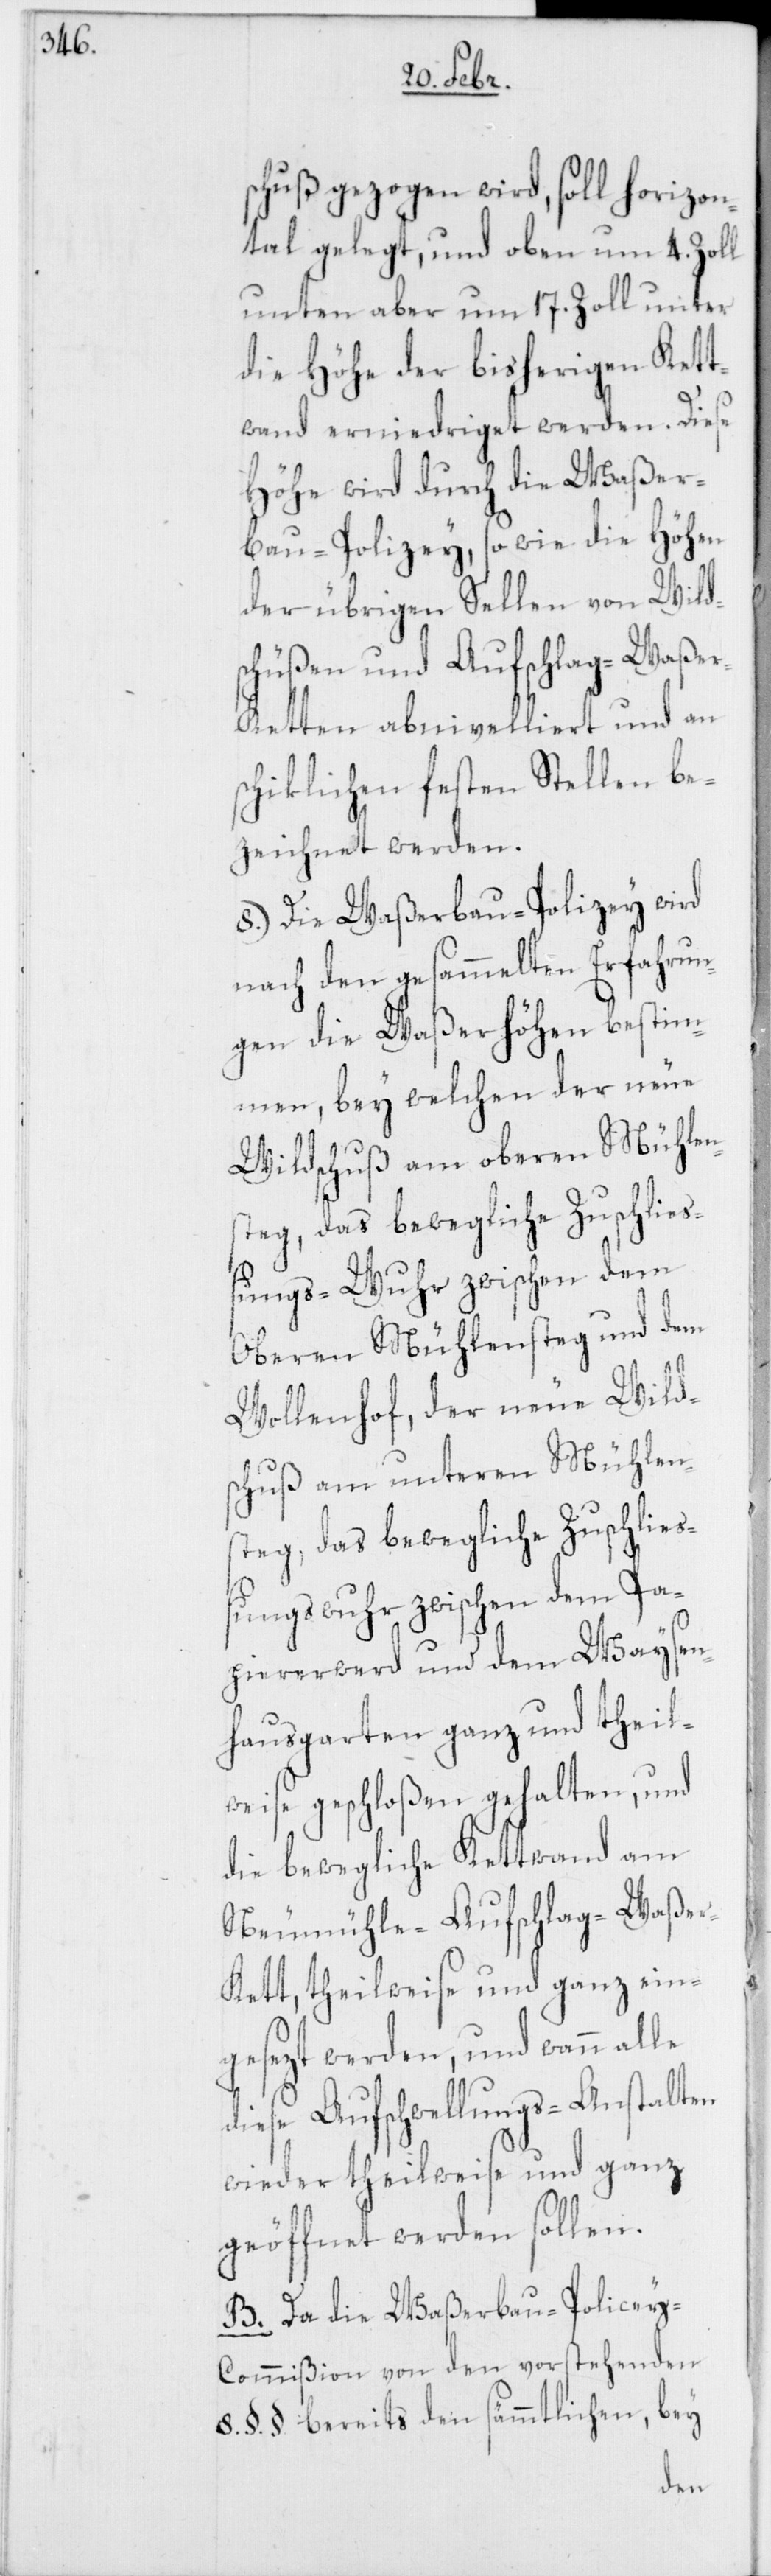
schuß gezogen wird, soll horizon¬
tal gelegt, und oben um 4. Zoll
unten aber um 17. Zoll unter
die Höhe der bisherigen Kett¬
wand erniedriget werden. Diese
Höhe wird durch die Waßer¬
bau-Polizey, so wie die Höhen
der übrigen Sellen von Wild¬
schüßen und Aufschlag-Waße¬
r-Ketten abnivelliert und an
schiklichen festen Stellen be¬
zeichnet werden.
8.) Die Waßerbau-Polizey wird
nach den gesammelten Erfahrun¬
gen die Waßerhöhen bestim¬
men, bey welchen der neue
Wildschuß am oberen Mühlen¬
steg, das bewegliche Zuschließ¬
ungs-Wuhr zwischen dem
Oberen Mühlensteg und dem
Wollenhof, der neue Wild¬
schuß am unteren Mühlen¬
steg, das bewegliche Zuschlie¬
ßungswuhr zwischen dem Pa¬
piererwerd und dem Waysen¬
hausgarten ganz und theil¬
weise geschloßen gehalten, und
die bewegliche Kettwand am
Obermühle-Aufschlag-Waße¬
r-Kett, theilweise und ganz ein¬
gesezt werden, und wann alle
diese Aufschwellungs-Anstalten
wieder theilweise und ganz
geöffnet werden sollen.
B. Da die Waßerbau-Polizey-C¬
ommißion von den vorstehenden
8. §. §. bereits den sämmtlichen, bey